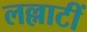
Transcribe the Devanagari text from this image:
लल्लाटीं